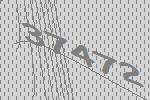
37472